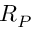
R _ { P }